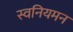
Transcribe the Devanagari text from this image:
स्वनियमन